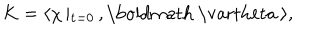
K = \langle \chi \left| _ { { \bf t } = 0 } \right. , \mathrm { \boldmath ~ \ v a r t h e t a ~ } \rangle ,